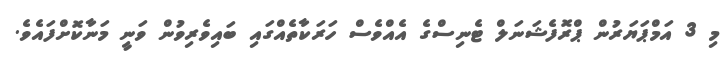
މި 3 އަމްޕަޔަރުން ޕްރޮފެޝަނަލް ޓެނިސްގެ އެއްވެސް ހަރަކާތެއްގައި ބައިވެރިވުން ވަނީ މަނާކޮށްފައެވެ.